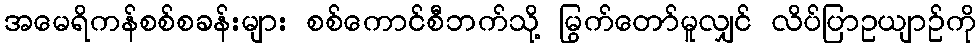
အမေရိကန်စစ်စခန်းများ စစ်ကောင်စီဘက်သို့ မြွက်တော်မူလျှင် လိပ်ပြာဥယျာဉ်ကို